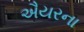
ઐયરના